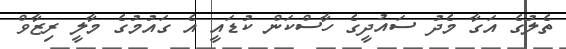
ތެލުގެ އަގާ މެދު ސައުދީގެ ހާސްކަން ކުޑައީ އެ ގައުމުގެ މާލީ ރިޒާވް